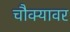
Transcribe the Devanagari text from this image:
चौक्यावर